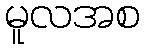
မူလအစ